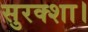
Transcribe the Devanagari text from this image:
सुरक्शा।